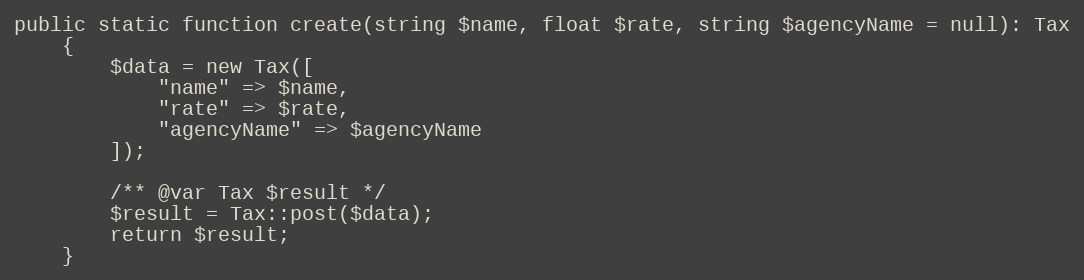
Language: PHP
public static function create(string $name, float $rate, string $agencyName = null): Tax
    {
        $data = new Tax([
            "name" => $name,
            "rate" => $rate,
            "agencyName" => $agencyName
        ]);

        /** @var Tax $result */
        $result = Tax::post($data);
        return $result;
    }